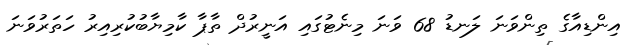
އިންޑިއާގެ ތިންވަނަ ލަނޑު 68 ވަނަ މިނެޓުގައި އަނީރުދް ތާޕާ ކާމިޔާބުކުރިއިރު ހަތަރުވަނަ